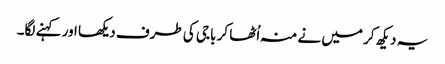
یہ دیکھ کر میں نے منہ اُٹھا کر باجی کی طرف دیکھا اور کہنے لگا۔